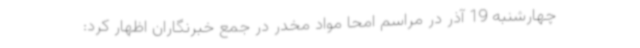
چهارشنبه 19 آذر در مراسم امحا مواد مخدر در جمع خبرنگاران اظهار کرد: